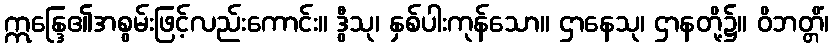
ဣန္ဒြေ၏အစွမ်းဖြင့်လည်းကောင်း။ ဒွီသု၊ နှစ်ပါးကုန်သော။ ဌာနေသု၊ ဌာနတို့၌။ ဝိဘတ္တိံ၊